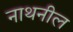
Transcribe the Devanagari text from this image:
नाथनील